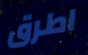
اطرق